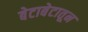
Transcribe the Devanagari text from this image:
बेटाबेटातून